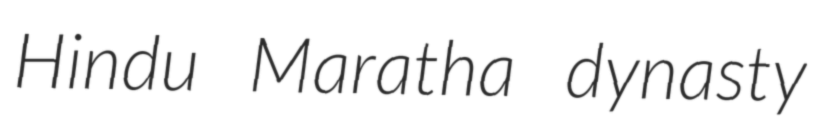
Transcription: Hindu Maratha dynasty